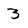
Character: 3